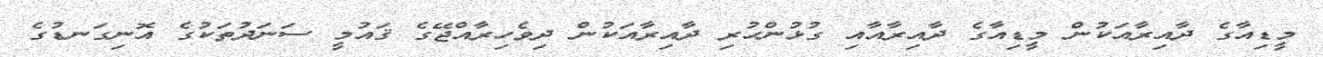
މީޑިއާގެ ދާއިރާއަކުން މީޑިއާގެ ދާއިރާއާއި ގުޅުންހުރި ދާއިރާއަކުން ދިވެހިރާއްޖޭގެ ޤައުމީ ސަނަދުތަކުގެ އޮނިގަނޑުގެ